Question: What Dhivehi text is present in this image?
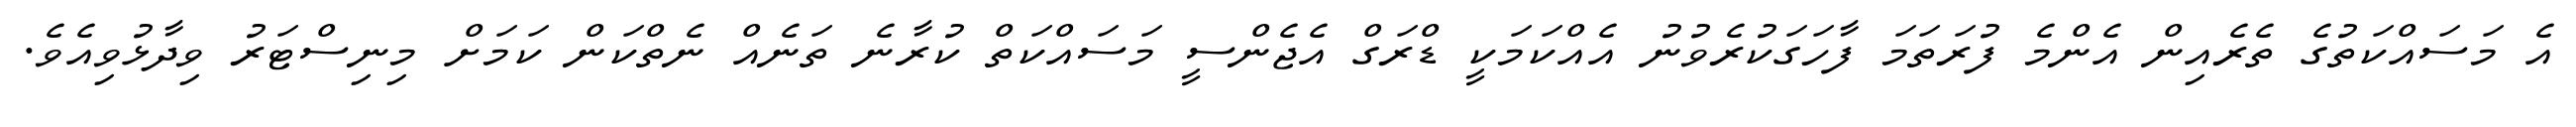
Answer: އެ މަސައްކަތުގެ ތެރެއިން އެންމެ ފުރަތަމަ ފާހަގަކުރެވުނު އެއްކަމަކީ ޑްރަގް އެޖެންސީ މަސައްކަތް ކުރާނެ ތަނެއް ނެތްކަން ކަމަށް މިނިސްޓަރު ވިދާޅުވިއެވެ.